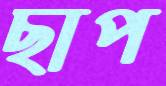
ছাপ